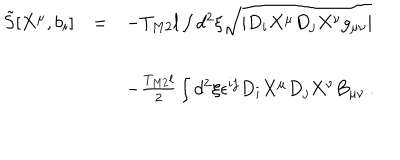
LaTeX: \begin{array} { r c l } { { { \tilde { S } } [ X ^ { \mu } , b _ { i } ] } } & { { = } } & { { - T _ { M 2 } l \int d ^ { 2 } \xi \sqrt { | D _ { i } X ^ { \mu } D _ { j } X ^ { \nu } g _ { \mu \nu } | } } } \\ { { } } & { { } } & { { } } \\ { { } } & { { } } & { { - { \textstyle \frac { T _ { M 2 } l } { 2 } } \int d ^ { 2 } \xi \epsilon ^ { i j } D _ { i } X ^ { \mu } D _ { j } X ^ { \nu } B _ { \mu \nu } \, . } } \\ \end{array}